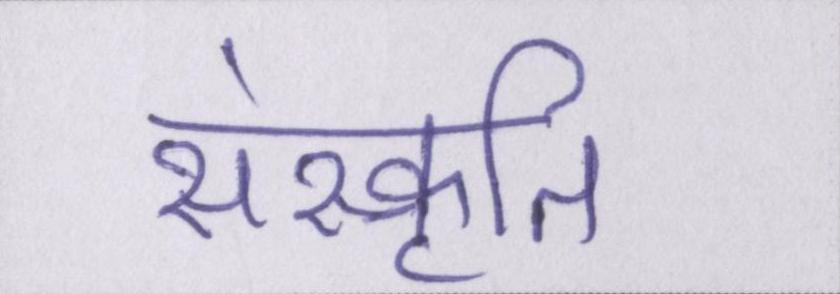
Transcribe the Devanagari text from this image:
संस्कॄति